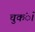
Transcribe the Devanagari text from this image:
चुकंे।